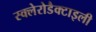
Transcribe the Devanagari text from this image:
स्क्लेरोडैक्टाइली